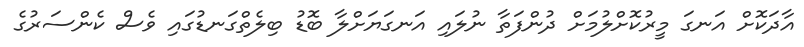
އާދަކޮށް އަނގަ މީރުކޮށްލުމަށް ދުންފަތާ ނުލައި އަނގަޔަށްލާ ބޮޑު ބިލެތްގަނޑުގައި ވެސް ކެންސަރުގެ